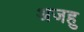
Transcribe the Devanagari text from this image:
अजहु